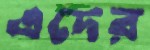
এদের